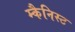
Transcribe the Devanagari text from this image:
म्कैनिस्ट